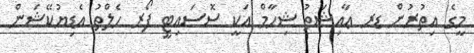
މީގެ އިތުރުން ޑރ ޢާއިޝަތު ޝިހާމް އަކީ ސޮސައިޓީ ފޯރ ހެލްތު އެޑިޔުކޭޝަން